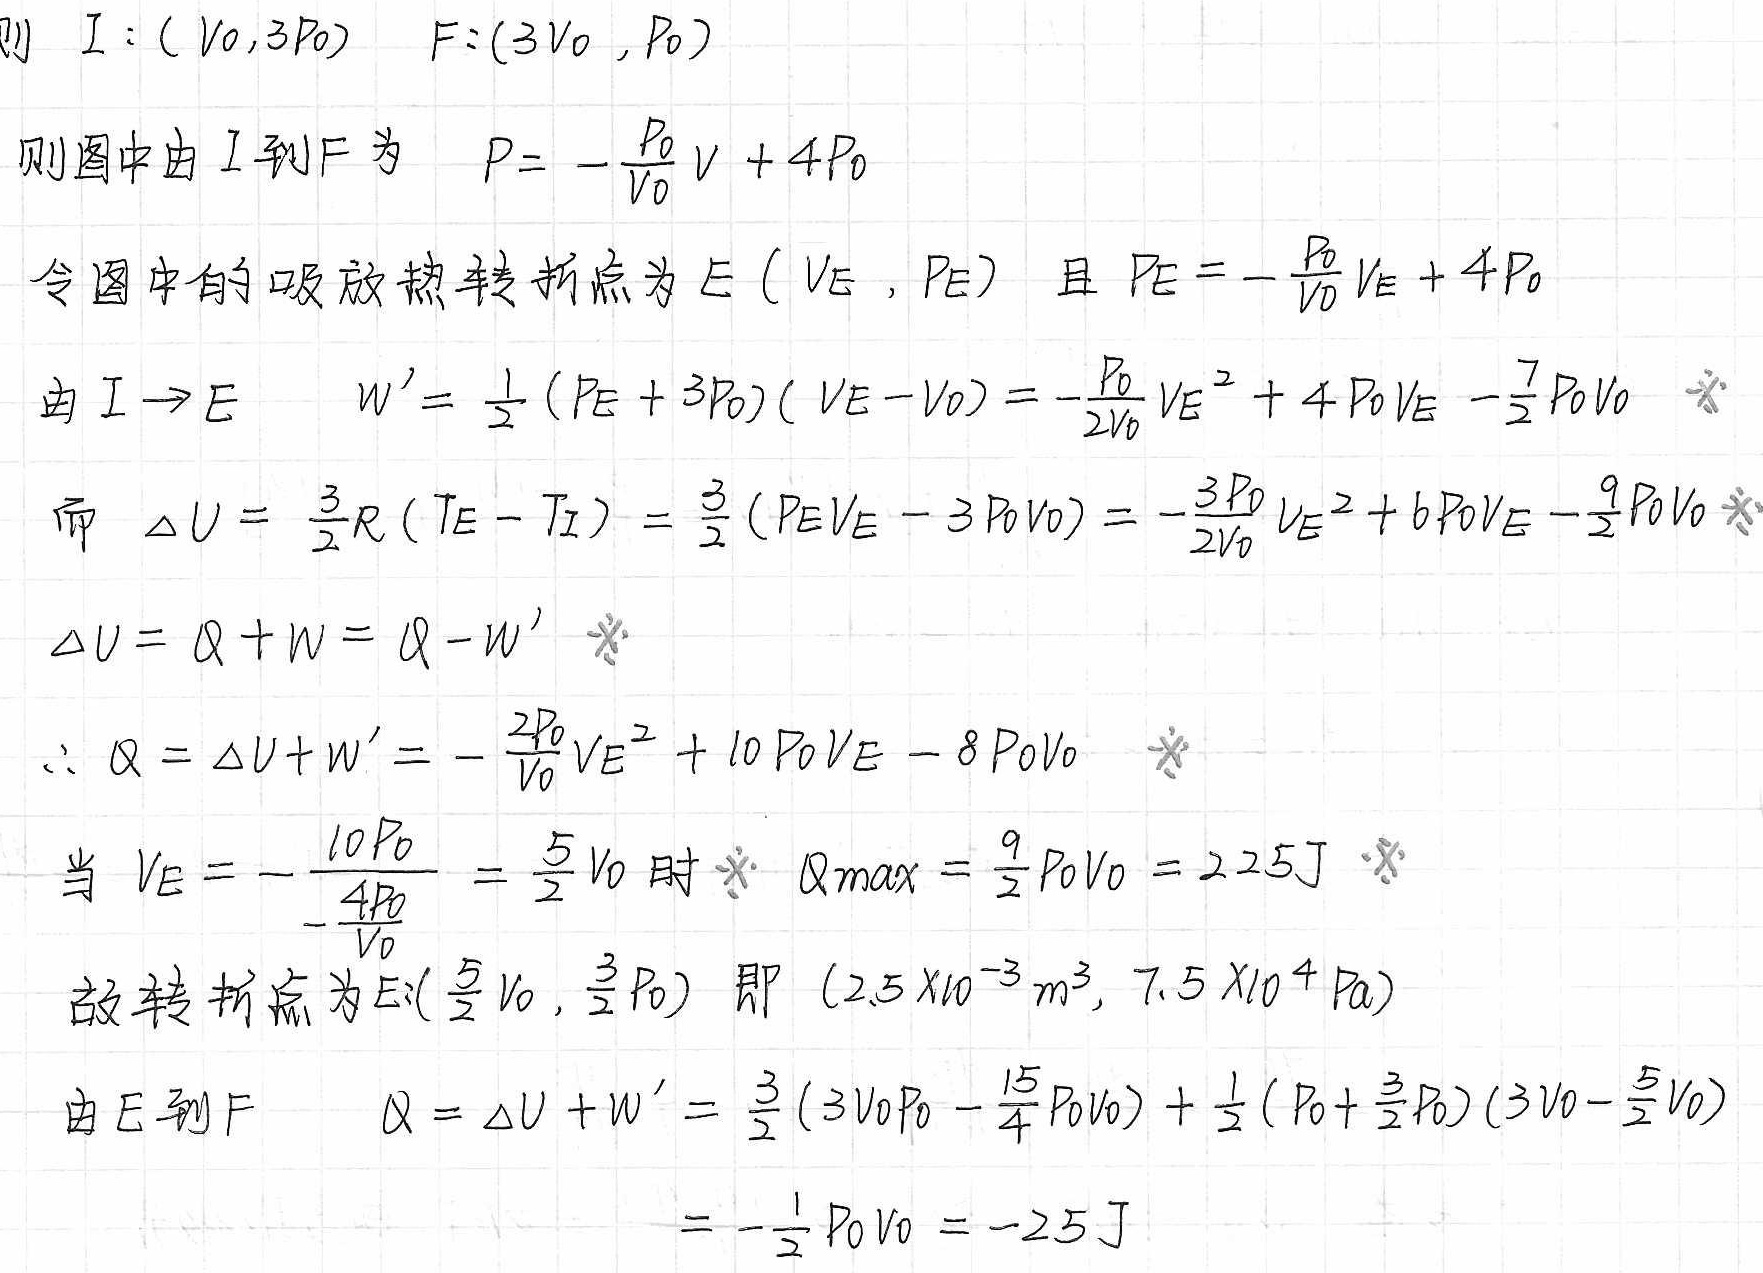
则 \(I:(V_0,3P_0)\) \(F:(3V_0,P_0)\)

则图中由 \(I\) 到 \(F\) 为 \(P = -\frac{P_0}{V_0}V + 4P_0\)

令图中的吸放热转折点为 \(E(V_E,P_E)\) 且 \(P_E = -\frac{P_0}{V_0}V_E + 4P_0\)

由 \(I\rightarrow E\) \(W'=\frac{1}{2}(P_E + 3P_0)(V_E - V_0)=-\frac{P_0}{2V_0}V_E^2 + 4P_0V_E-\frac{7}{2}P_0V_0\)

而 \(\Delta U=\frac{3}{2}R(T_E - T_I)=\frac{3}{2}(P_EV_E - 3P_0V_0)=-\frac{3P_0}{2V_0}V_E^2 + 6P_0V_E-\frac{9}{2}P_0V_0\)

\(\Delta U = Q+W = Q - W'\)

\(\therefore Q=\Delta U + W'=-\frac{2P_0}{V_0}V_E^2 + 10P_0V_E - 8P_0V_0\)

当 \(V_E = -\frac{10P_0}{-\frac{4P_0}{V_0}}=\frac{5}{2}V_0\) 时 \(Q_{max}=\frac{9}{2}P_0V_0 = 225J\)

故转折点为 \(E:(\frac{5}{2}V_0,\frac{3}{2}P_0)\) 即 \((2.5\times10^{-3}m^3,7.5\times10^{4}Pa)\)

由 \(E\) 到 \(F\) \(Q=\Delta U + W'=\frac{3}{2}(3V_0P_0-\frac{15}{4}P_0V_0)+\frac{1}{2}(P_0+\frac{3}{2}P_0)(3V_0-\frac{5}{2}V_0)\)

\(=-\frac{1}{2}P_0V_0=-25J\)